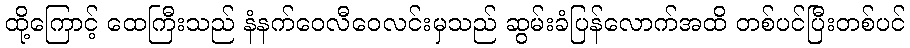
ထို့ကြောင့် ထေကြီးသည် နံနက်ဝေလီဝေလင်းမှသည် ဆွမ်းခံပြန်လောက်အထိ တစ်ပင်ပြီးတစ်ပင်